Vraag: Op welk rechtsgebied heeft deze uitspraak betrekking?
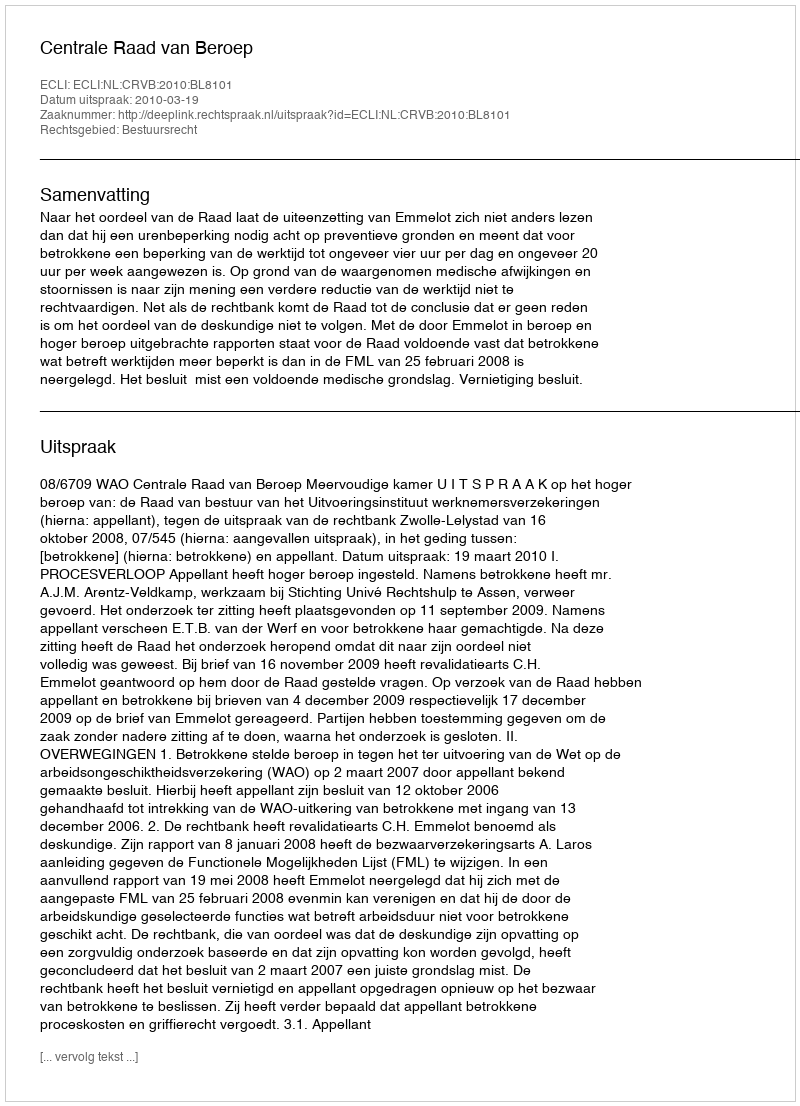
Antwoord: Bestuursrecht